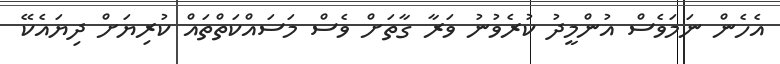
އެހެން ނަމަވެސް އުންމީދު ކުރެވުނު ވަރާ ގާތަށް ވެސް މަސައްކަތްތައް ކުރިޔަށް ދިޔައެކޭ